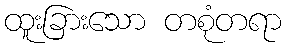
ထူးခြားသော တစုံတရာ